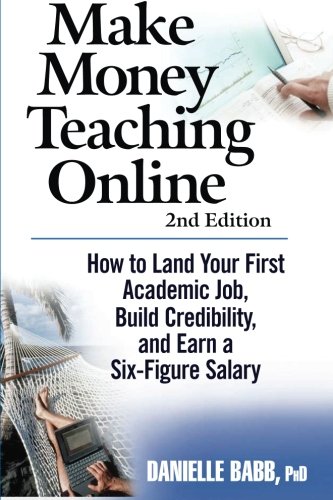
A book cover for Make Money Teaching Online: 2nd Edition: How to Land Your First Academic Job, Build Credibility, and Earn a Six-Figure Salary: Revised and Updated; Danielle Babb; Education & Teaching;